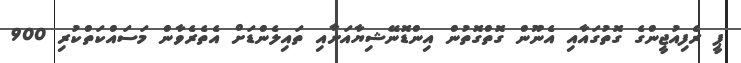
ޕީ ރެފިއުޖީންގެ ގޮތުގައާއި އެނޫން ގޮތްގޮތުން އިންޑޮނޭޝިޔާއަށާއި ތައިލެންޑަށް އެތެރެވާން މަސައްކަތްކުރި 900